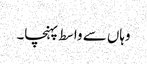
وہاں سے واسط پہنچا۔